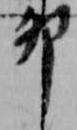
卯